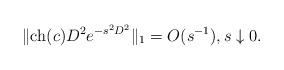
LaTeX: \begin{align*} \|\mathrm{ch}(c)D^2e^{-s^2D^2}\|_1 = O(s^{-1}),s \downarrow 0. \end{align*}